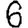
Digit: 6